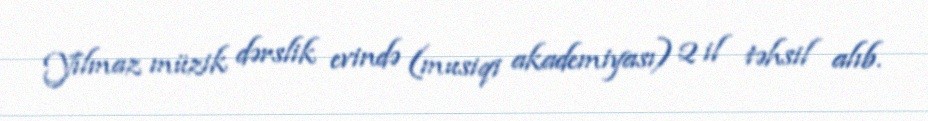
Yılmaz müzik dərslik evində (musiqi akademiyası) 2 il təhsil alıb.